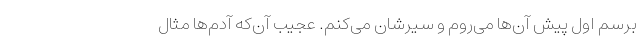
برسم اول پیش آن‌ها می‌روم و سیرشان می‌کنم. عجیب آن‌که آدم‌ها مثال